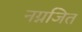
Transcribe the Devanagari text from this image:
नग्नजित